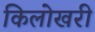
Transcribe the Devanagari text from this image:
किलोखरी